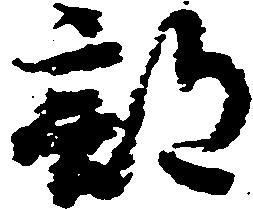
部